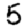
Digit: 5